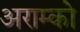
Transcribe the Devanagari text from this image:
अराम्को